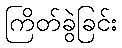
ကြိတ်ခွဲခြင်း